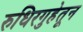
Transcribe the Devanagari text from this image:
रुधिरगुहेतून